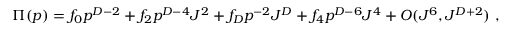
\Pi ( p ) = f _ { 0 } p ^ { D - 2 } + f _ { 2 } p ^ { D - 4 } J ^ { 2 } + f _ { D } p ^ { - 2 } J ^ { D } + f _ { 4 } p ^ { D - 6 } J ^ { 4 } + O ( J ^ { 6 } , J ^ { D + 2 } ) \ ,